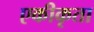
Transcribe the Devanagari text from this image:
एकीकृता